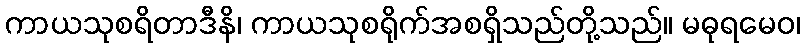
ကာယသုစရိတာဒီနိ၊ ကာယသုစရိုက်အစရှိသည်တို့သည်။ မဓုရမေဝ၊